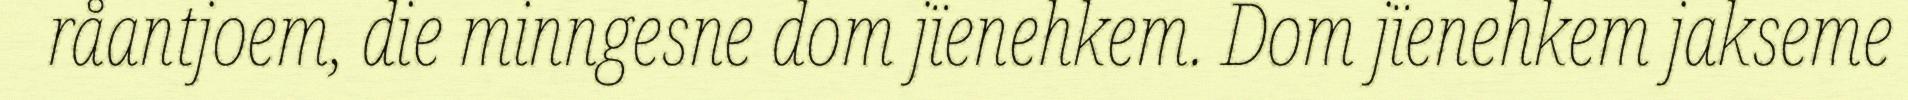
råantjoem, die minngesne dom jïenehkem. Dom jïenehkem jakseme